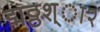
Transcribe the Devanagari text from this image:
द्मठ्ठश्ा२